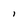
Character: I